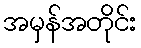
အမှန်အတိုင်း